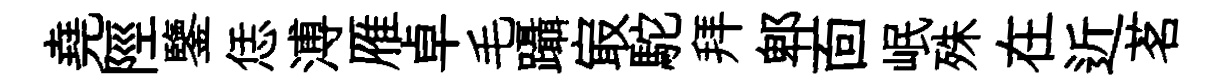
堯陘鑒恁溥雁卓毛躡㝡駝拜郫靣岷殊在近茗